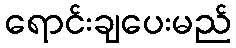
ရောင်းချပေးမည်